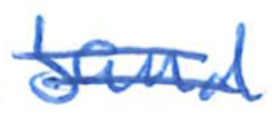
Text: band
Cross-out: double-line
Writing tool: ballpoint